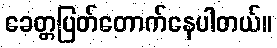
ခေတ္တပြတ်တောက်နေပါတယ်။